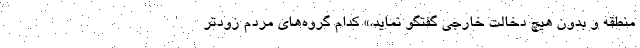
منطقه و بدون هیچ دخالت خارجی گفتگو نماید.» کدام گروه‌های مردم زودتر